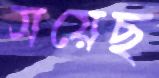
সয়েছ